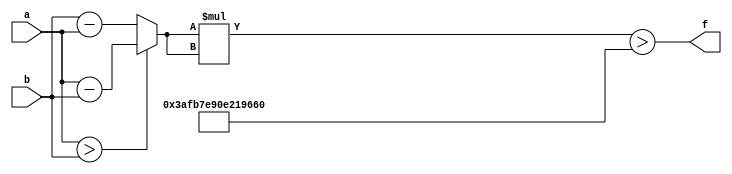
module maxse_mit(a, b, f);
parameter _bit = 34;
parameter maxse = 265633114630493792;
input [_bit - 1: 0] a;
input [_bit - 1: 0] b;
output f;
wire [_bit - 1: 0] diff;
wire [_bit * 2 - 1: 0] se;
assign diff = (a > b)? (a - b): (b - a);
assign se = diff * diff;
assign f = (se > maxse);
endmodule